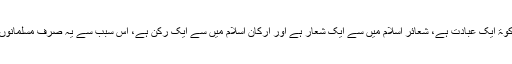
اور اس وجہ سے کہ زکوٰۃ ایک عبادت ہے، شعائر اسلام میں سے ایک شعار ہے اور ارکانِ اسلام میں سے ایک رکن ہے، اس سبب سے یہ صرف مسلمانوں پر فرض کی گئی ہے۔